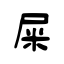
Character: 屎